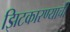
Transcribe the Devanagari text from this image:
झिटकारण्याची